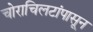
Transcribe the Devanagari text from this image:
चोराचिलटांपासून